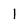
Character: l